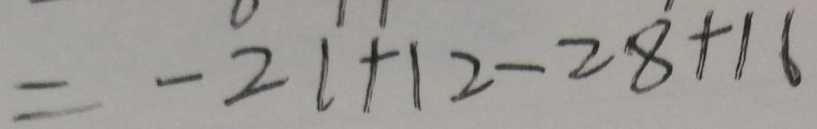
= - 2 1 + 1 2 - 2 8 + 1 6